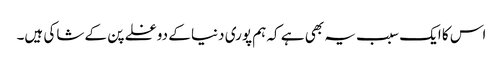
اس کا ایک سبب یہ بھی ہے کہ ہم پوری دنیا کے دوغلے پن کے شاکی ہیں۔